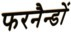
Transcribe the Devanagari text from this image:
फरनैन्डों